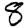
Digit: 8